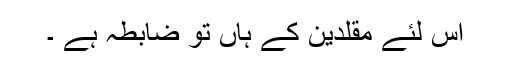
اس لئے مقلدین کے ہاں تو ضابطہ ہے ۔